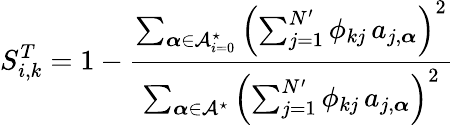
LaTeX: S_{i,k}^{T}=1-\frac{\sum_{\boldsymbol{\alpha}\in\mathcal{A}_{i=0}^{\star}}\left(\sum_{j=1}^{N^{\prime}}\phi_{kj}\, a_{j,\boldsymbol{\alpha}}\right)^{2}}{\sum_{\boldsymbol{\alpha}\in\mathcal{A}^{\star}}\left(\sum_{j=1}^{N^{\prime}}\phi_{kj}\, a_{j,\boldsymbol{\alpha}}\right)^{2}}